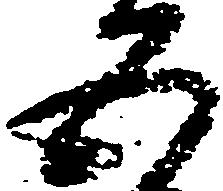
五